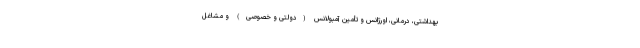
بهداشتی، درمانی، اورژانس و تأمین آمبولانس (دولتی و خصوصی) و مشاغل